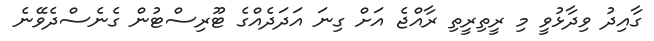
ގާއިދު ވިދާޅުވީ މި ރީތިރީތި ރާއްޖެ އަށް ގިނަ އަދަދެއްގެ ޓޫރިސްޓުން ގެނެސްދެވޭނެ